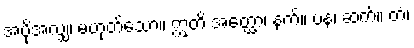
အပိုအလျှံ၊ မဟုတ်သော။ ဣတိ အတ္ထော၊ နက်။ ပန၊ ဆက်။ တံ၊